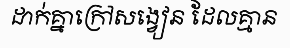
ដាក់គ្នាក្រៅសង្វៀន ដែលគ្មាន